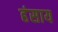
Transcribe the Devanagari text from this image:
हंसाय